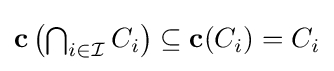
{\textstyle \mathbf {c} \left(\bigcap _{i\in {\mathcal {I}}}C_{i}\right)\subseteq \mathbf {c} (C_{i})=C_{i}}